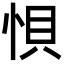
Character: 𭜼